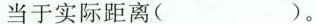
当于实际距离( )。